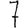
Digit: 7